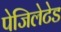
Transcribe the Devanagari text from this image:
पेजिलेटेड